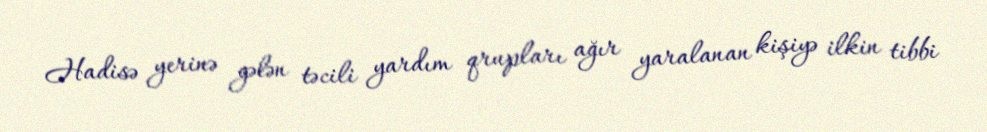
Hadisə yerinə gələn təcili yardım qrupları ağır yaralanan kişiyə ilkin tibbi